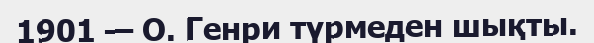
1901 — О. Генри түрмеден шықты.